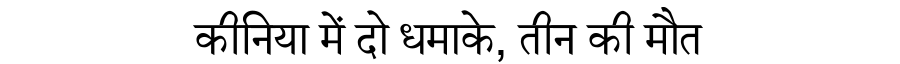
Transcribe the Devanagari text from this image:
कीनिया में दो धमाके, तीन की मौत